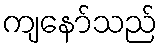
ကျနော်သည်